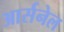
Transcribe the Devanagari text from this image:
आर्सनेल